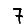
Digit: 7